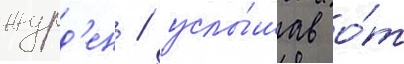
журд'ен / услы́шав о́т